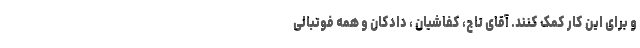
و برای این کار کمک کنند. آقای تاج، کفاشیان ، دادکان و همه فوتبالی